Civil Veterinary Department Bengal reports 1923-33 - 1923-1933
Year: 1923
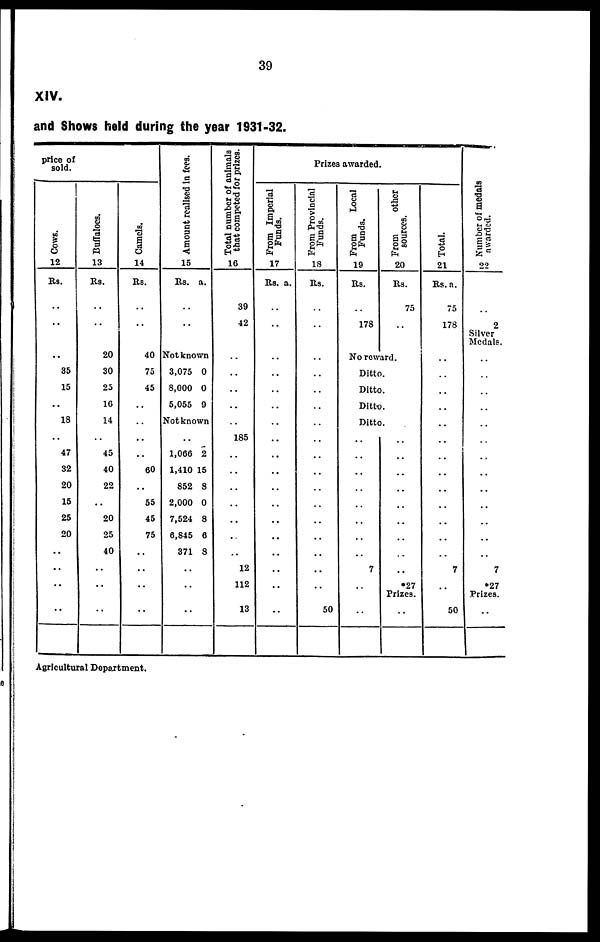
39
XIV.
and Shows held during the year 1931-32.
price of
sold.
Cows.
12
Rs.
..
..
..
35
15
..
18
..
47
32
20
15
25
20
..
..
..
..
Buffaloes.
13
Rs.
..
..
20
30
25
16
14
..
45
40
22
..
20
25
40
..
..
..
Camels.
14
Rs.
..
..
40
75
45
..
..
..
..
60
..
55
45
75
..
..
..
..
Amount realised in fees.
15
Rs. a.
..
..
Not kno
wn
3,075
8,000
5,055
0
0
9
Not known
..
1,066
1,410
852
2,000
7,524
6,845
371
..
..
..
2
15
8
0
8
6
8
Total number of animals
that competed for prizes.
16
39
42
..
..
..
..
..
185
..
..
..
..
..
..
..
12
112
13
Prizes awarded.
From Imperial
Funds.
17
Rs. a.
..
..
..
..
..
..
..
..
..
..
..
..
..
..
..
..
..
..
From Provincial
Funds.
18
Rs.
..
..
..
..
..
..
..
..
..
..
..
..
..
..
..
..
..
50
From
Local
Funds.
19
Rs.
..
178
From
other
sources.
20
Rs.
75
..
No reward.
Ditto
Ditto
Ditto
Ditto
..
..
..
..
..
..
..
..
7
..
..
..
..
..
..
..
..
..
..
..
*27
Prizes.
..
Total.
21
Rs. a.
75
178
..
..
..
..
..
..
..
..
..
..
..
..
..
7
..
50
Number of medals
awarded.
22
..
2
Silver
Medals.
..
..
..
..
..
..
..
..
..
..
..
..
..
7
*27
Prizes.
..
Agricultural Department.